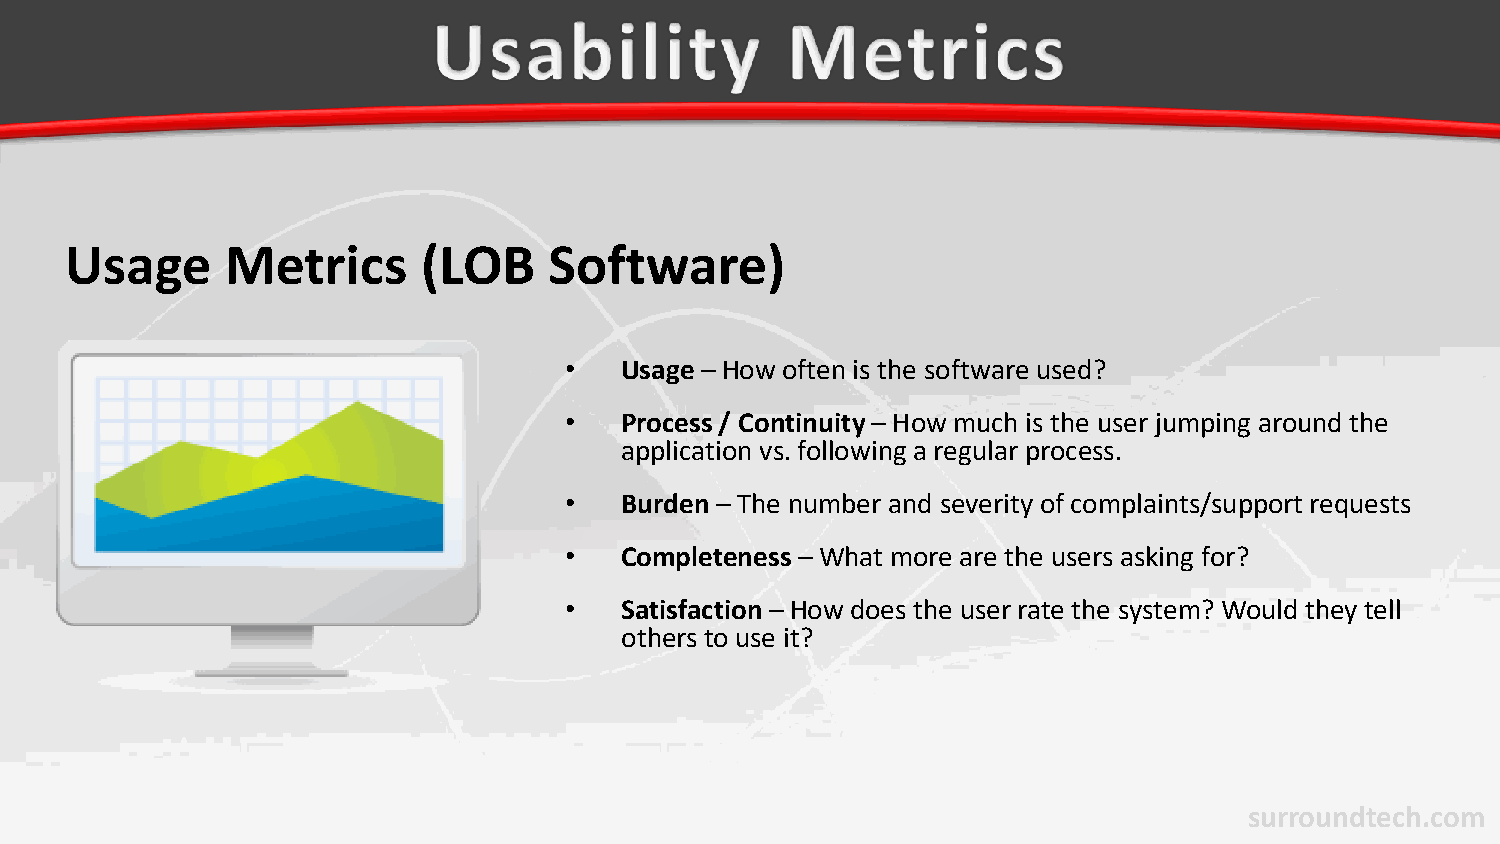
Usage      Metrics      (LOB    Software)
 •   Usage – How often is the software used?
 •   Process / Continuity– How much is the user jumping around the
 application vs. following a regular process.
 •   Burden– The number and severity of complaints/support requests
 •   Completeness– What more are the users asking for?
 •   Satisfaction– How does the user rate the system? Would they tell
 others to use it?
 surroundtech.com